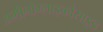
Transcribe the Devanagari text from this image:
अमीनोग्लाइकोसाइड